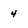
Character: 4